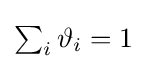
{\textstyle \sum _{i}\vartheta _{i}=1}